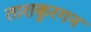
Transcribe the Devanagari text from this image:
ताशकुरगन